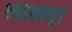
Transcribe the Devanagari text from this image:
शब्दखण़्ड